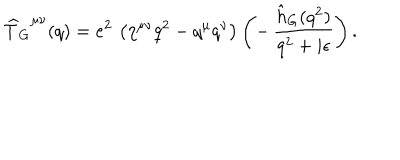
{ \widehat T _ { G } } ^ { \mu \nu } ( q ) = e ^ { 2 } \, \left( \eta ^ { \mu \nu } q ^ { 2 } - q ^ { \mu } q ^ { \nu } \right) \left( - \, { \frac { \hat { h } _ { G } ( q ^ { 2 } ) } { q ^ { 2 } + i \epsilon } } \right) .